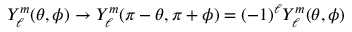
Y _ { \ell } ^ { m } ( \theta , \phi ) \rightarrow Y _ { \ell } ^ { m } ( \pi - \theta , \pi + \phi ) = ( - 1 ) ^ { \ell } Y _ { \ell } ^ { m } ( \theta , \phi )